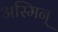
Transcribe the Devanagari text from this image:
अस्मिन्‌